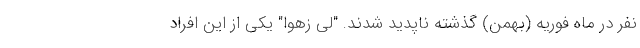
نفر در ماه فوریه (بهمن) گذشته ناپدید شدند. "لی زهوا" یکی از این افراد